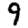
Digit: 9